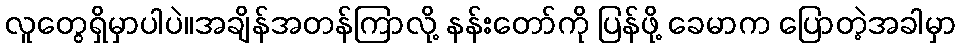
လူတွေရှိမှာပါပဲ။အချိန်အတန်ကြာလို့ နန်းတော်ကို ပြန်ဖို့ ခေမာက ပြောတဲ့အခါမှာ